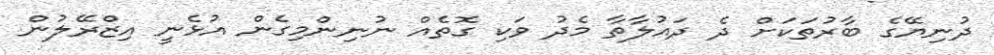
ދުނިޔޭގެ ބާރުތަކަށް ދެ ދައުލާތާ މެދު ވަކި ގޮތެއް ނުނިންމިގެން އުޅެނީ އިޒްރޭލުން